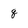
Character: q